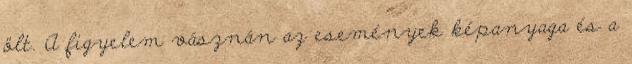
ölt. A figyelem vásznán az események képanyaga és a